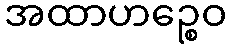
အထာဟဉ္စေဝ